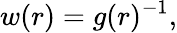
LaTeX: w(r)=g(r)^{-1},